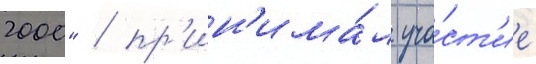
2000" / пр'ин'има́л уча́ст'ие